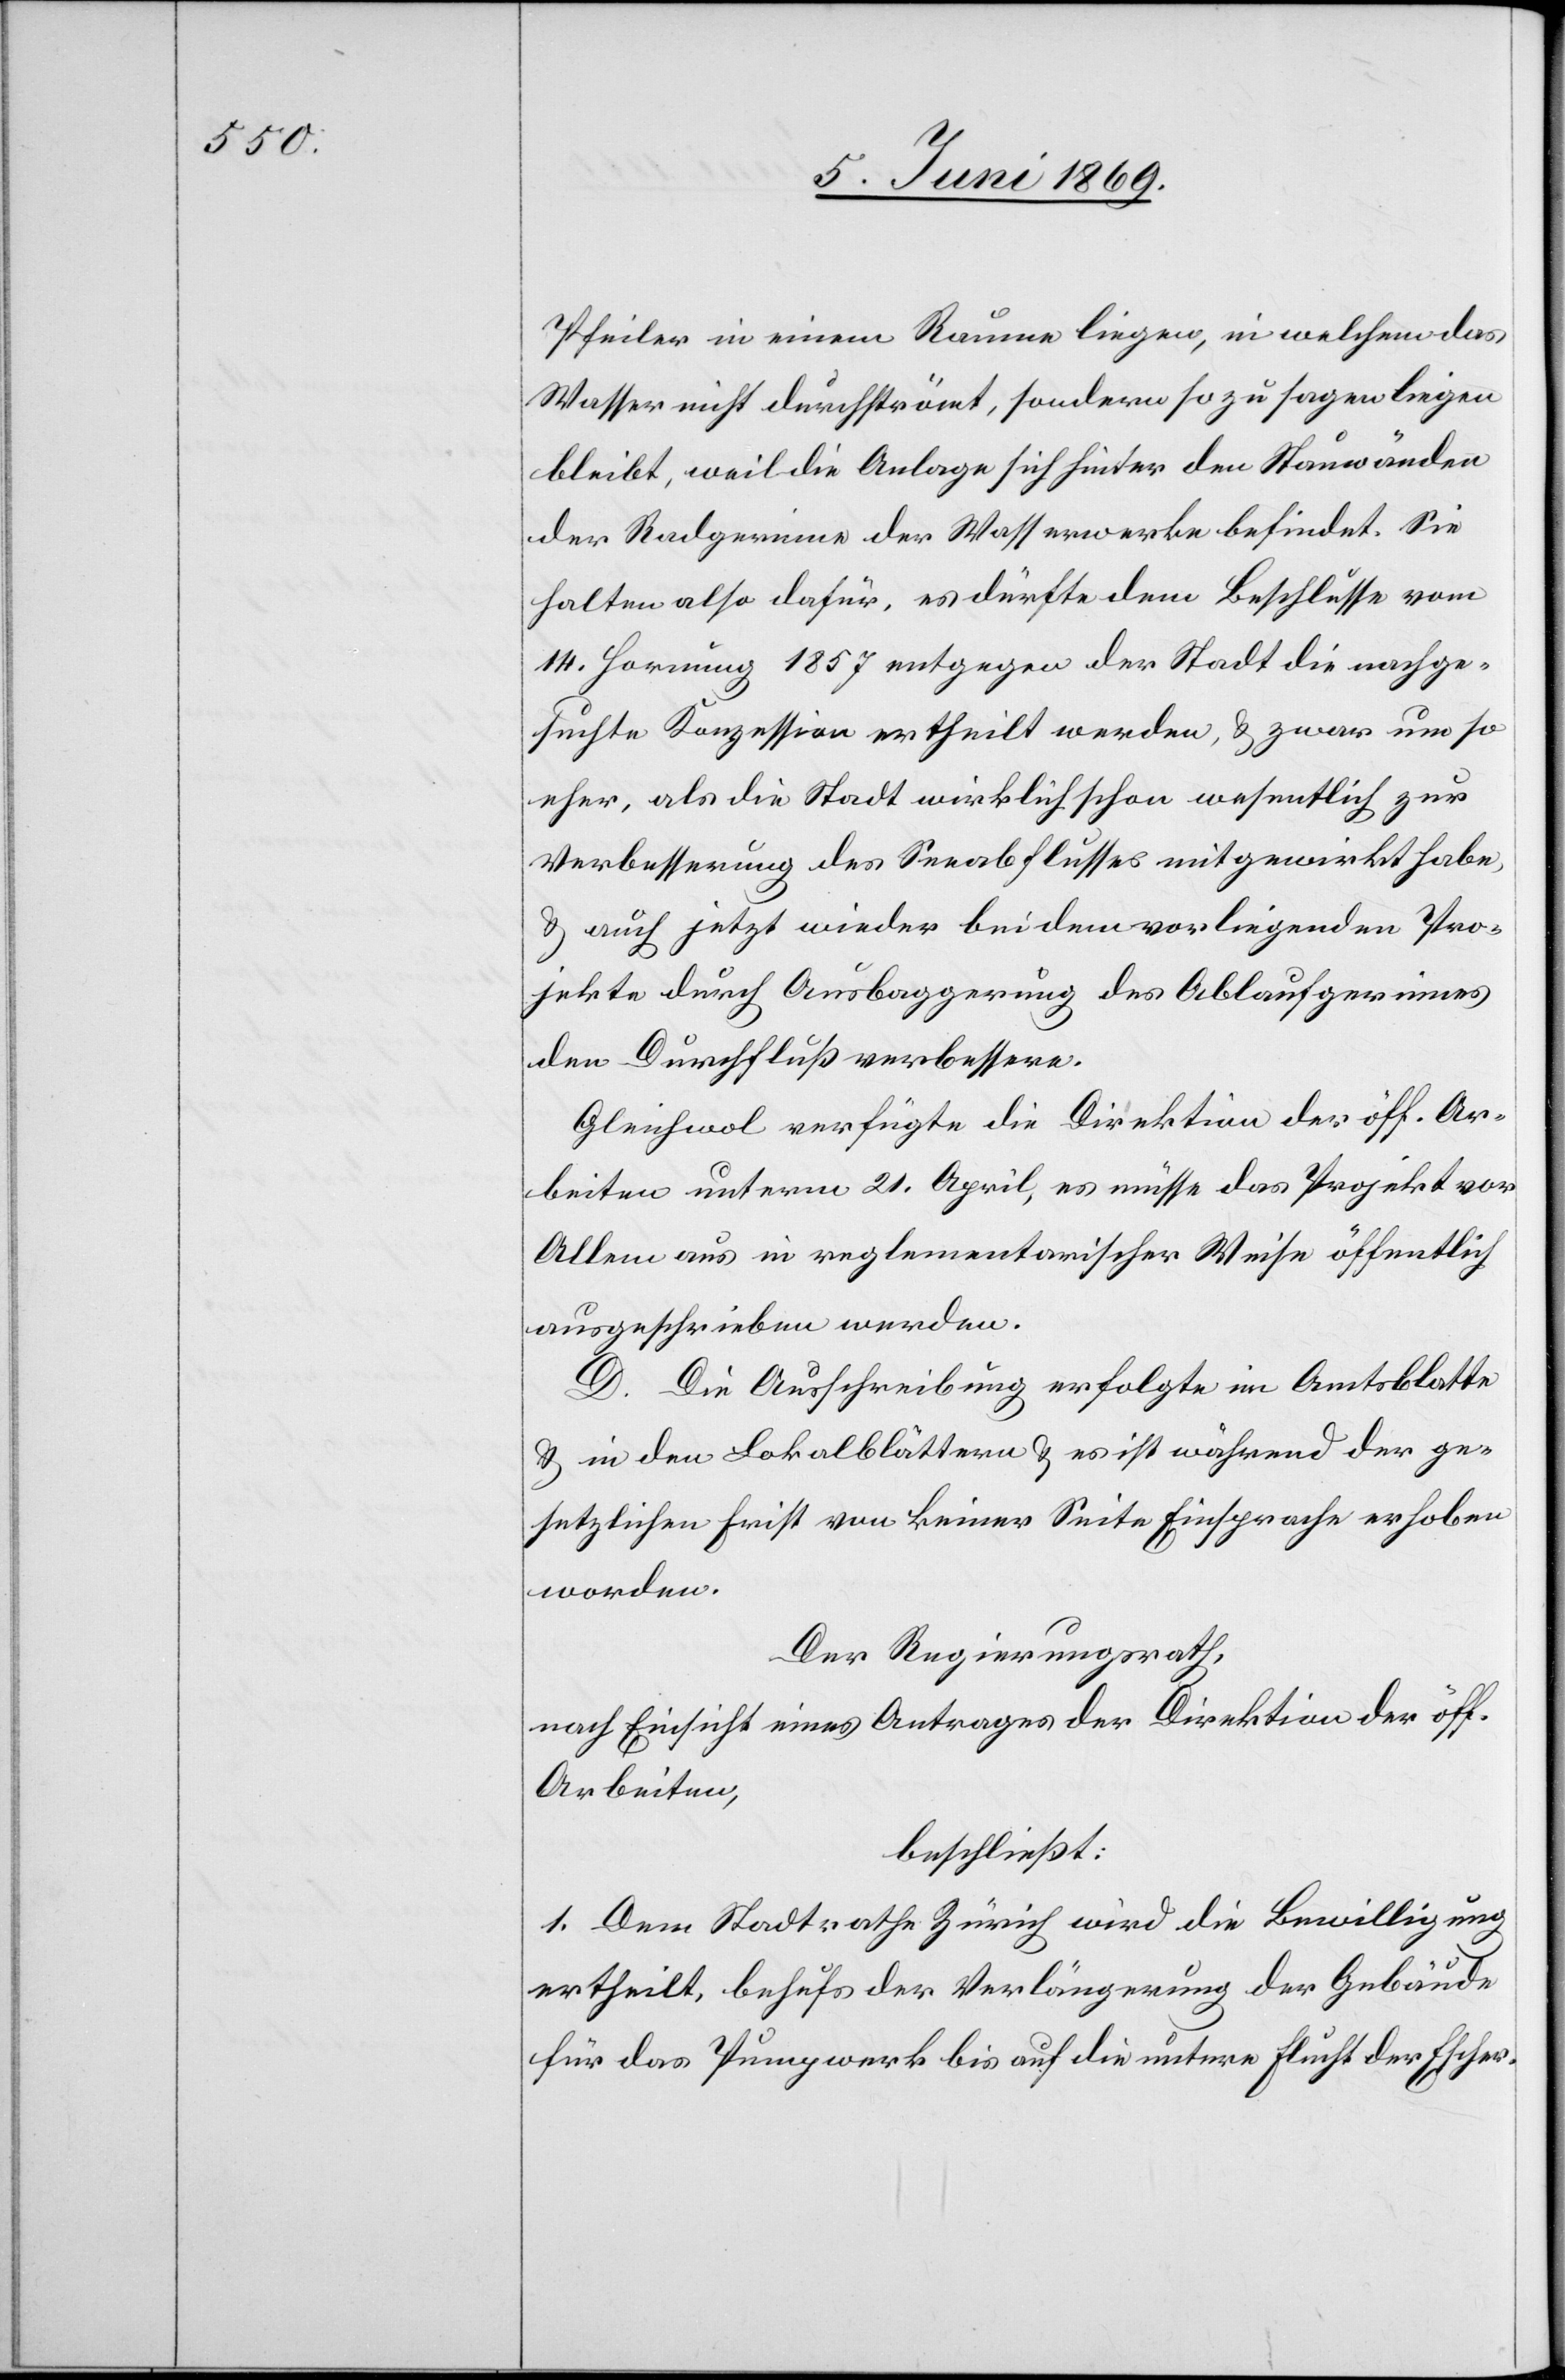
Pfeiler in einem Raum liegen, in welchem das
Wasser nicht durchströmt, sondern so zu sagen liegen
bleibt, weil die Anlage sich hinter den Stauwänden
der Radgewinne der Wasserwerke befindet. Sie
halten also dafür, es dürfte dem Beschlusse vom
14 Hornung 1857 entgegen der Stadt die nachge¬
suchte Konzession ertheilt werden, u. zwar um so
eher, als die Stadt wirklich schon wesentlich zur
Verbesserung des Seeabflusses mitgewirkt habe,
u. auch jetzt wieder bei dem vorliegenden Pro¬
jekte durch Ausbaggerung des Ablaufgerinnes
den Durchfluß verbessere.
Gleichwol verfügte die Direktion der öff. Ar¬
beiten unterm 21 April, es müsse das Projekt vor
Allem aus in reglementarischer Weise öffentlich
ausgeschrieben werden.
D. Die Ausschreibung erfolgt im Amtsblatte
u. in den Lokalblättern u. es ist während der ge¬
setzlichen Frist von keiner Seite Einsprache erhoben
worden.
Der Regierungsrath,
nach Einsicht eines Antrages der Direktion der öff.
Arbeiten,
beschließt:
1. Dem Stadtrathe Zürich wird die Bewilligung
ertheilt, behufs der Verlängerung der Gebäude
für das Pumpwerk bis auf die untere Flucht der Escher-